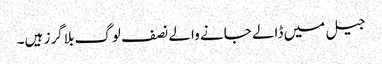
جیل میں ڈالے جانے والے نصف لوگ بلاگرز ہیں۔